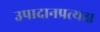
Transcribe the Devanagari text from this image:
उपादानप्रत्यक्ष